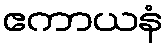
ဧကာယနံ